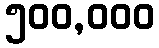
၅၀၀,၀၀၀